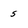
Character: 5